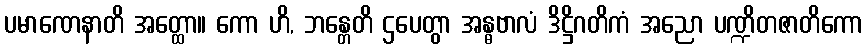
ပမာဏေနာတိ အတ္ထော။ ကော ဟိ, ဘန္တေတိ ဌပေတွာ အန္ဓဗာလံ ဒိဋ္ဌိဂတိကံ အညော ပဏ္ဍိတဇာတိကော